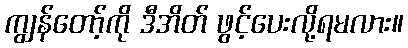
ကျွန်တော့်ကို ဒီအိတ် ဖွင့်ပေးလို့ရမလား။